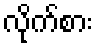
လိုက်စား